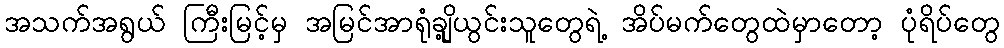
အသက်အရွယ် ကြီးမြင့်မှ အမြင်အာရုံချို့ယွင်းသူတွေရဲ့ အိပ်မက်တွေထဲမှာတော့ ပုံရိပ်တွေ